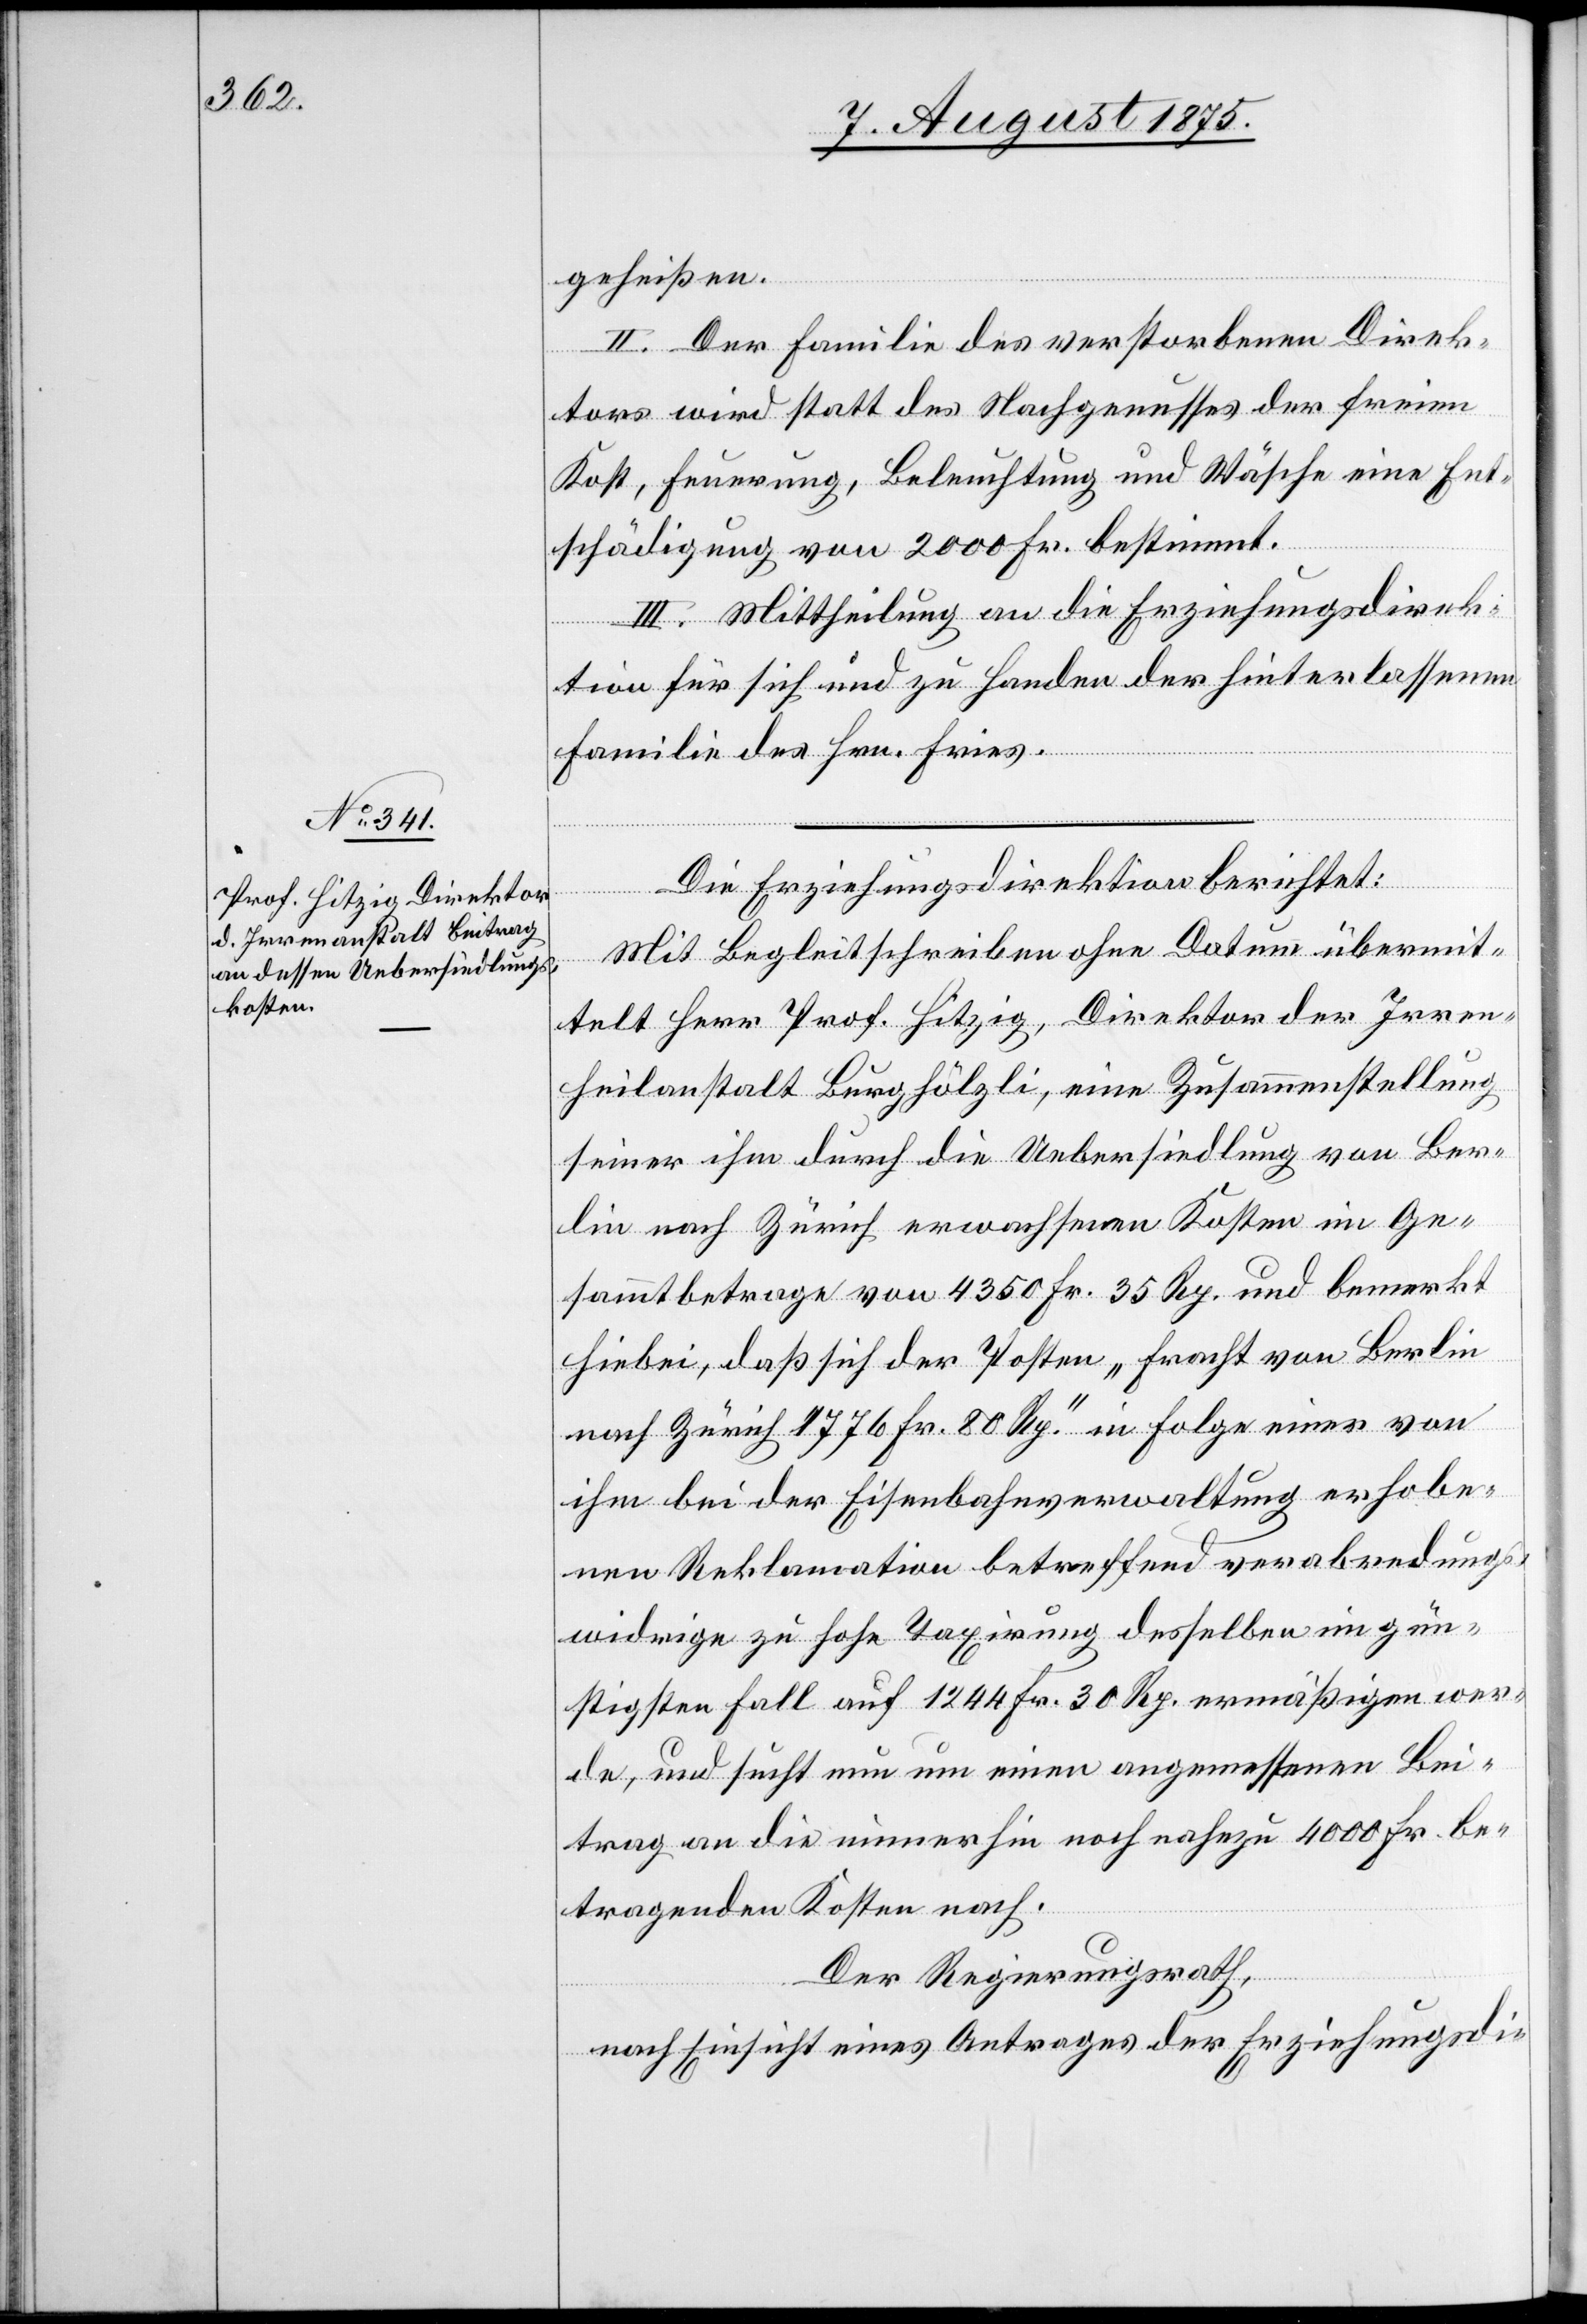
geheißen.
II. Der Familie des verstorbenen Direk¬
tors wird statt des Nachgenusses der freien
Kost, Feuerung, Beleuchtung und Wäsche eine Ent¬
schädigung von 2000 Fr. bestimmt.
III. Mittheilung an die Erziehungsdirek¬
tion für sich und zu Handen der Hinterlassenen
Familie des Hrn. Fries.
Die Erziehungsdirektion berichtet:
Mit Begleitschreiben ohne Datum übermit¬
telt Herr Prof. Hitzig, Direktor der Irren¬
heilanstalt Burghölzli, eine Zusammenstellung
seiner ihm durch die Uebersiedlung von Ber¬
lin nach Zürich erwachsenen Kosten im Ge¬
sammtbetrage von 4350 Fr. 35 Rp. und bemerkt
hiebei, daß sich der Posten „Fracht von Berlin
nach Zürich 1776 Fr. 80 Rp.“ in Folge einer von
ihm bei der Eisenbahnverwaltung erhobe¬
nen Reklamation betreffend verabredungs¬
widrige zu hohe Taxirung desselben im gün¬
stigsten Fall auf 1244 Fr. 30 Rp. ermäßigen wer¬
de, und sucht nun um einen angemessenen Bei¬
trag an die immerhin noch nahezu 4000 Fr. be¬
tragenden Kosten nach.
Der Regierungsrath,
nach Einsicht eines Antrages der Erziehungsdi-